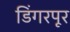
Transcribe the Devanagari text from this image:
डिंगरपूर